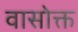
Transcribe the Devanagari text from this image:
वासोक्त